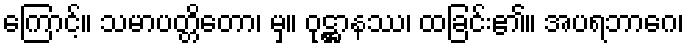
ကြောင့်။ သမာပတ္တိတော၊ မှ။ ဝုဋ္ဌာနဿ၊ ထခြင်း၏။ အပရဘာဂေ၊